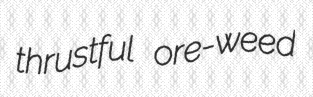
thrustful ore-weed